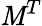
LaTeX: \mathit{M}^{T}